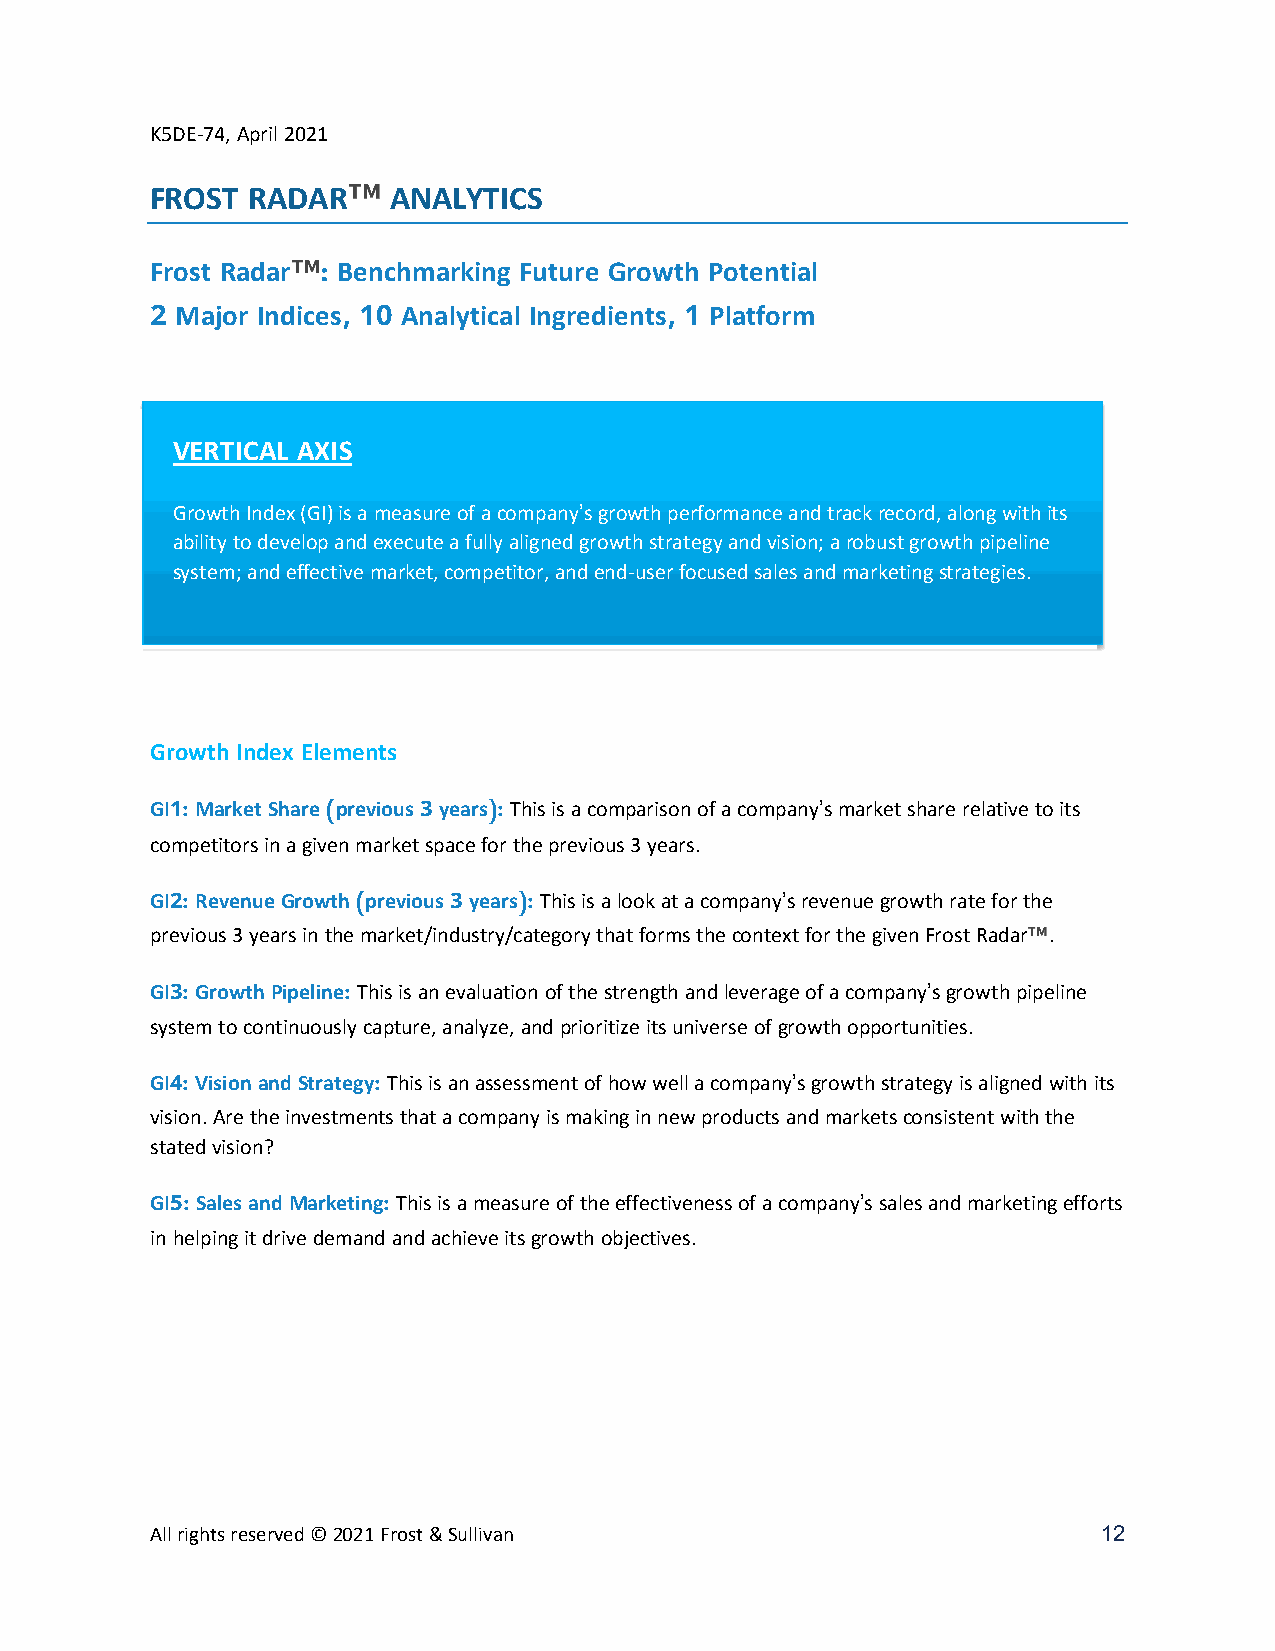
K5DE-74, April 2021
 FROST RADAR™    ANALYTICS
 Frost Radar™ Benchmarking Future Growth Potential
 :
 Major Indices  Analytical Ingredients Platform
 2            , 10                 , 1
 VERTICAL AXIS
 Growth Index (GI) is a measure of a company’s growth performance and track record, along with its
 ability to develop and execute a fully aligned growth strategy and vision; a robust growth pipeline
 system; and effective market, competitor, and end-user focused sales and marketing strategies.
 Growth Index Elements
 GI1: Market Share (previous 3 years): This is a comparison of a company’s market share relative to its
 competitors in a given market space for the previous 3 years.
 GI2: Revenue Growth (previous 3 years): This is a look at a company’s revenue growth rate for the
 previous 3 years in the market/industry/category that forms the context for the given Frost Radar™.
 GI3: Growth Pipeline: This is an evaluation of the strength and leverage of a company’s growth pipeline
 system to continuously capture, analyze, and prioritize its universe of growth opportunities.
 GI4: Vision and Strategy: This is an assessment of how well a company’s growth strategy is aligned with its
 vision. Are the investments that a company is making in new products and markets consistent with the
 stated vision?
 GI5: Sales and Marketing: This is a measure of the effectiveness of a company’s sales and marketing efforts
 in helping it drive demand and achieve its growth objectives.
 All rights reserved © 2021 Frost & Sullivan                    12